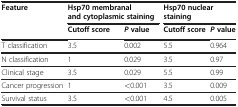
| Feature | <COLSPAN=2> Hsp70 membranal and cytoplasmic staining | <COLSPAN=2> Hsp70 nuclear staining |
 |  | Cutoff score | P value | Cutoff score | P value |
 | --- | --- | --- | --- | --- |
 | T classification | 3.5 | 0.002 | 5.5 | 0.964 |
 | N classification | 1 | 0.029 | 3.5 | 0.97 |
 | Clinical stage | 3.5 | 0.029 | 5.5 | 0.99 |
 | Cancer progression | 1 | <0.001 | 3.5 | 0.009 |
 | Survival status | 3.5 | <0.001 | 4.5 | 0.005 |